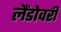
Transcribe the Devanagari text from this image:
लैंडोवरी